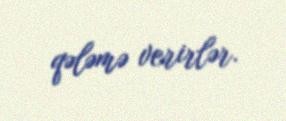
qələmə verirlər.